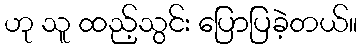
ဟု သူ ထည့်သွင်း ပြောပြခဲ့တယ်။